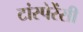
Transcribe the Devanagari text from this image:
टांस्पेरेंसी